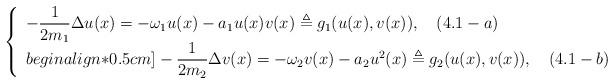
LaTeX: \begin{align*}\left\{\begin{array}{ll}-\dfrac{1}{2m_1}\Delta u(x)=-\omega_1 u(x)-a_1u(x)v(x)\triangleq g_1(u(x),v(x)),\quad(4.1-a)\\begin{align*}0.5cm]-\dfrac{1}{2m_2}\Delta v(x)=-\omega_2 v(x)-a_2u^2(x)\triangleq g_2(u(x),v(x)),\quad(4.1-b)\end{array}\right.\end{align*}